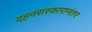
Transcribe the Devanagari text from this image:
दहनसंस्कारानंतर